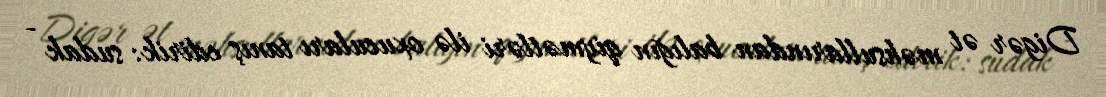
Digər ət məhsullarından balığın qiymətləri ilə oxucuları tanış edirik: sudak -